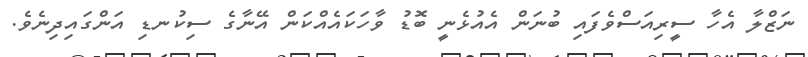
ނަޒްލާ އެހާ ސީރިއަސްވެފައި ބުނަން އެއުޅެނީ ބޮޑު ވާހަކައެއްކަން އޭނާގެ ސިކުނޑި އަންގައިދިނެވެ.